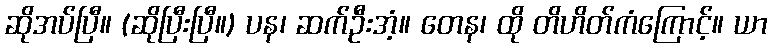
ဆိုအပ်ပြီ။ (ဆိုပြီးပြီ။) ပန၊ ဆက်ဦးအံ့။ တေန၊ ထို တိဟိတ်ကံကြောင့်။ ယာ